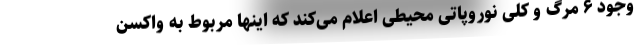
وجود ۶ مرگ و کلی نوروپاتی محیطی اعلام می‌کند که اینها مربوط به واکسن